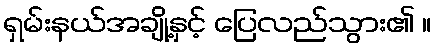
ရှမ်းနယ်အချို့နှင့် ပြေလည်သွား၏ ။